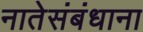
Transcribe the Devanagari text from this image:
नातेसंबंधाना